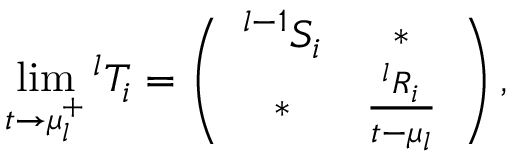
\operatorname * { l i m } _ { t \rightarrow \mu _ { l } ^ { + } } { } ^ { l } T _ { i } = \left( \begin{array} { c c c c } { { { } ^ { l - 1 } S _ { i } } } & { { \ast } } \\ { { \ast } } & { { \frac { { } ^ { l } R _ { i } } { t - \mu _ { l } } } } \end{array} \right) ,